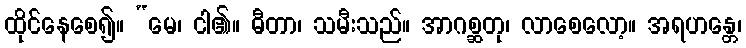
ထိုင်နေစေ၍။ “မေ၊ ငါ၏။ ဓီတာ၊ သမီးသည်။ အာဂစ္ဆတု၊ လာစေလော့။ အရဟန္တေ၊